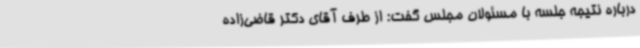
درباره نتیجه جلسه با مسئولان مجلس گفت: از طرف آقای دکتر قاضی‌زاده